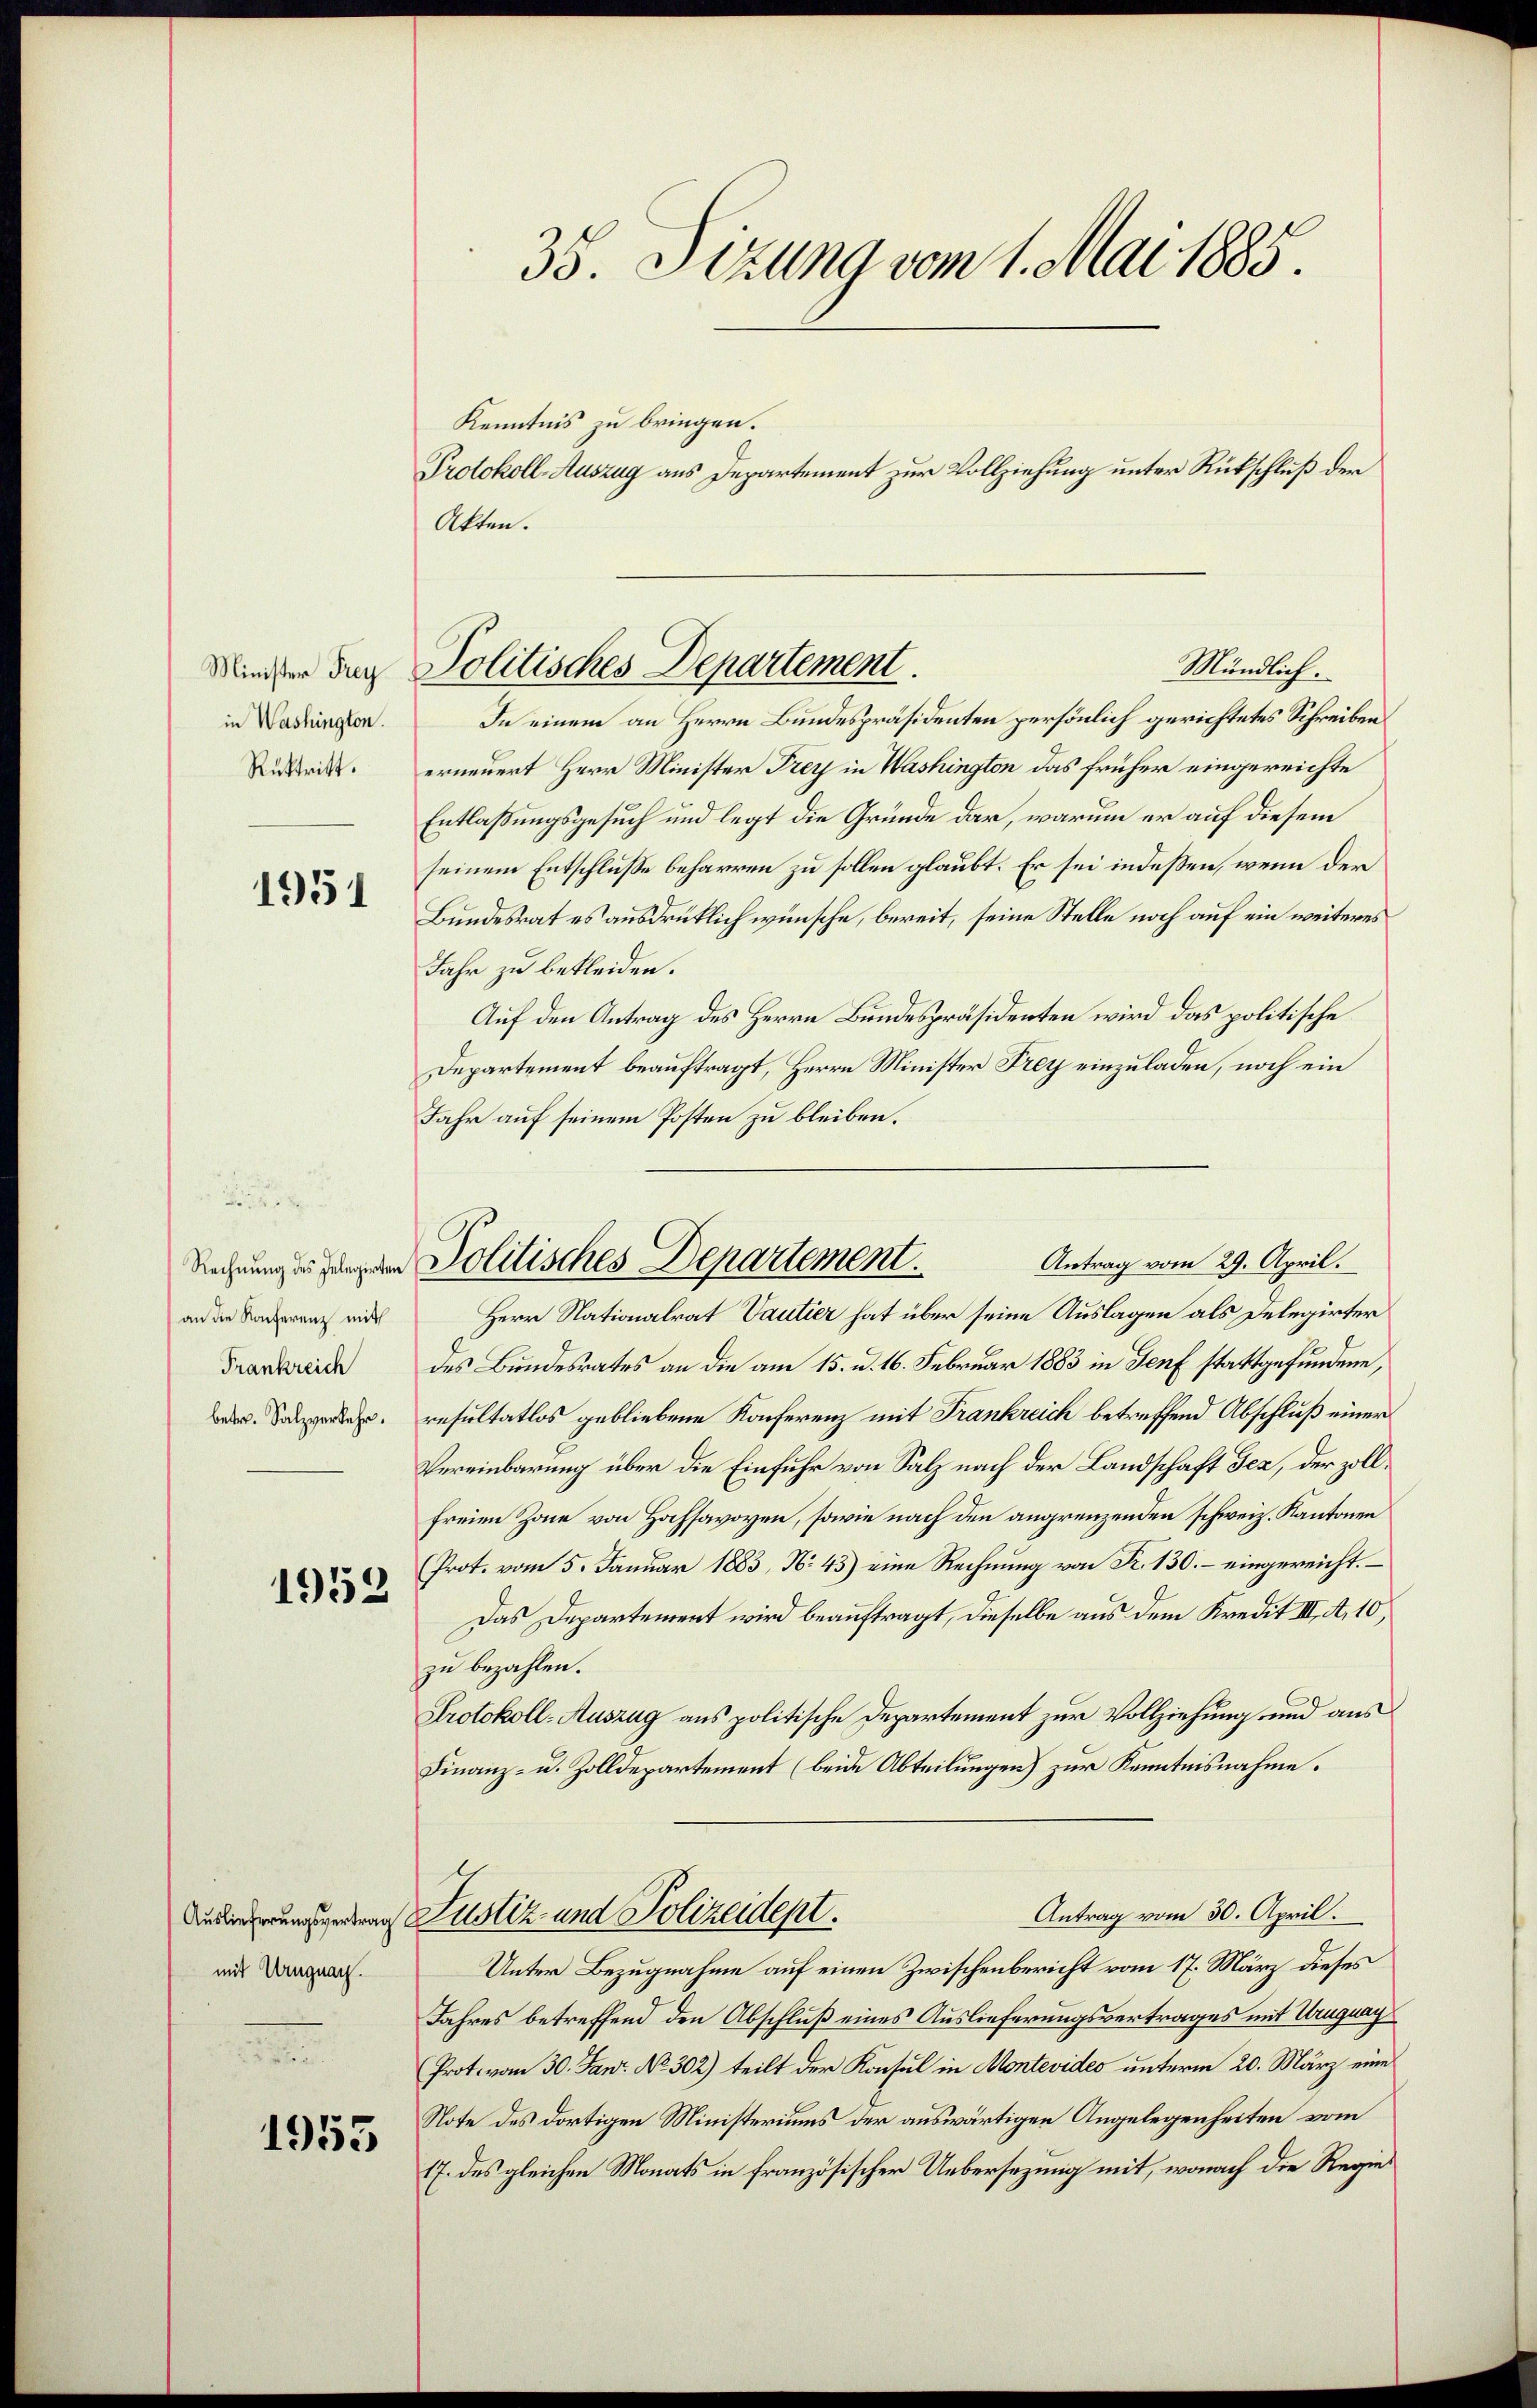
Minister Frey
in Washington.
Rüktritt.
1951

an die Konferenz mit
Frankreich
betr. Salzverkehr.

1958

Auslieferungsvertrag
mit Uruguar.
d

1955

Kenntnis zu bringen.
Protokoll-Auszug aus Departement zur Vollziehung unter Rückschluß der
Akten.

35. Sizung vom 1. Mai 1885.

In einem an Herrn Bundespräsidenten persönlich gerichtetes Schreiben
erneuert Herr Minister Frey in Washington das früher eingereichte
Entlaßungsgesuch und legt die Gründe dar, warum er auf diesem
seinem Entschlusse beharren zu sollen glaubt. Er sei indeßen, wenn der
Bundesrat es ausdrüklich wünsche, bereit, seine Stelle noch auf ein weiteres
Jahr zu bekleiden.
Auf den Antrag des Herrn Bundespräsidenten wird das politische
Departement beauftragt, Herrn Minister Frey einzuladen, noch ein
Jahr auf seinem Posten zu bleiben.
Herr Nationalrat Vautier hat über seine Auslagen als Delegirter
des Bundesrates an die am 15. d. 16. Februar 1883 in Genf stattgefundene,
resultatlos gebliebene Konferenz mit Frankreich betreffend Abschluß einer
Vereinbarung über die Einfuhr von Salz nach der Landschaft Jez, der zollfreien Zone von Hochsavoyen, sowie nach den angrenzenden schweiz. Kantonen
(Prot. vom 5. Januar 1883, N. 45) eine Rechnŭng von K. 130. – eingereicht.
Das Departement wird beauftragt, dieselbe aus dem Kredit III. A. 10,
zu bezahlen.
Protokoll-Auszug aus politische Departement zur Vollziehung und aus
Finanz- u. Zolldepartement (beide Abteilungen) zur Kenntnisnahme.
Antrag vom 30. April.
Justiz- und Polizeidept.
Unter Bezugnahme auf einen Zwischenbericht vom 17. März dieses
Jahres betreffend den Abschluß eines Auslieferungsvertrages mit Uruguag
Prot. vom 30. Jan. No. 302) teilt der Konsul in Montevideo unterm 20. März eine
Note des dortigen Ministeriums der auswärtigen Angelegenheiten vom
17. des gleichen Monats in französischer Uebersezung mit, wonach die Regie¬

Politisches Departement.
Mündlich.

Antrag vom 29. April.
Rechnung der Politisches Departement.